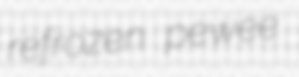
refrozen pewee